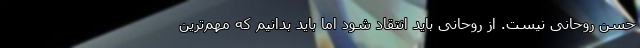
حسن روحانی نیست. از روحانی باید انتقاد شود اما باید بدانیم که مهم‌ترین